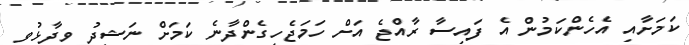
ކަމަށާއި އެހެންކަމުން އެ ފައިސާ ރާއްޖެ އަށް ހަމަޖެހިގެންދާނެ ކަމަށް ނަޝީދު ވިދާޅުވި